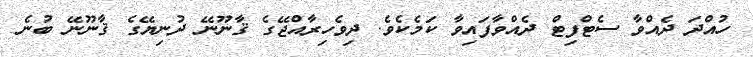
ހުއްދަ ދެއްވާ ސެޓްފިޓް ދެއްވާފައިވާ ކަމެކެވެ. ދިވެހިރާއްޖޭގެ ޤާނޫނޭ ދުނިޔޭގެ ޤާނޫނޭ ބުނެ